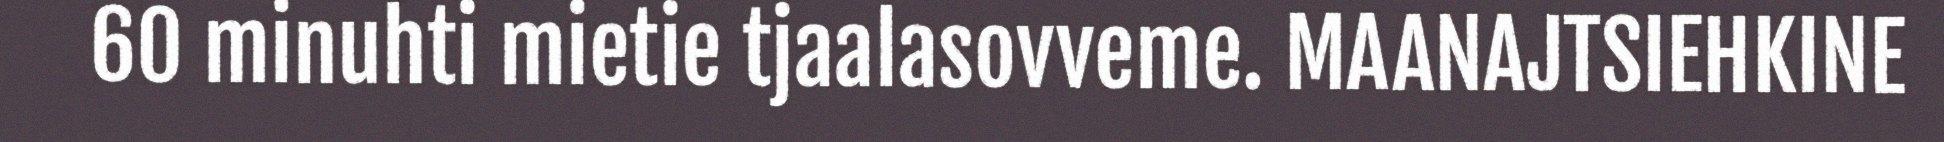
60 minuhti mietie tjaalasovveme. MAANAJTSIEHKINE